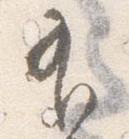
有